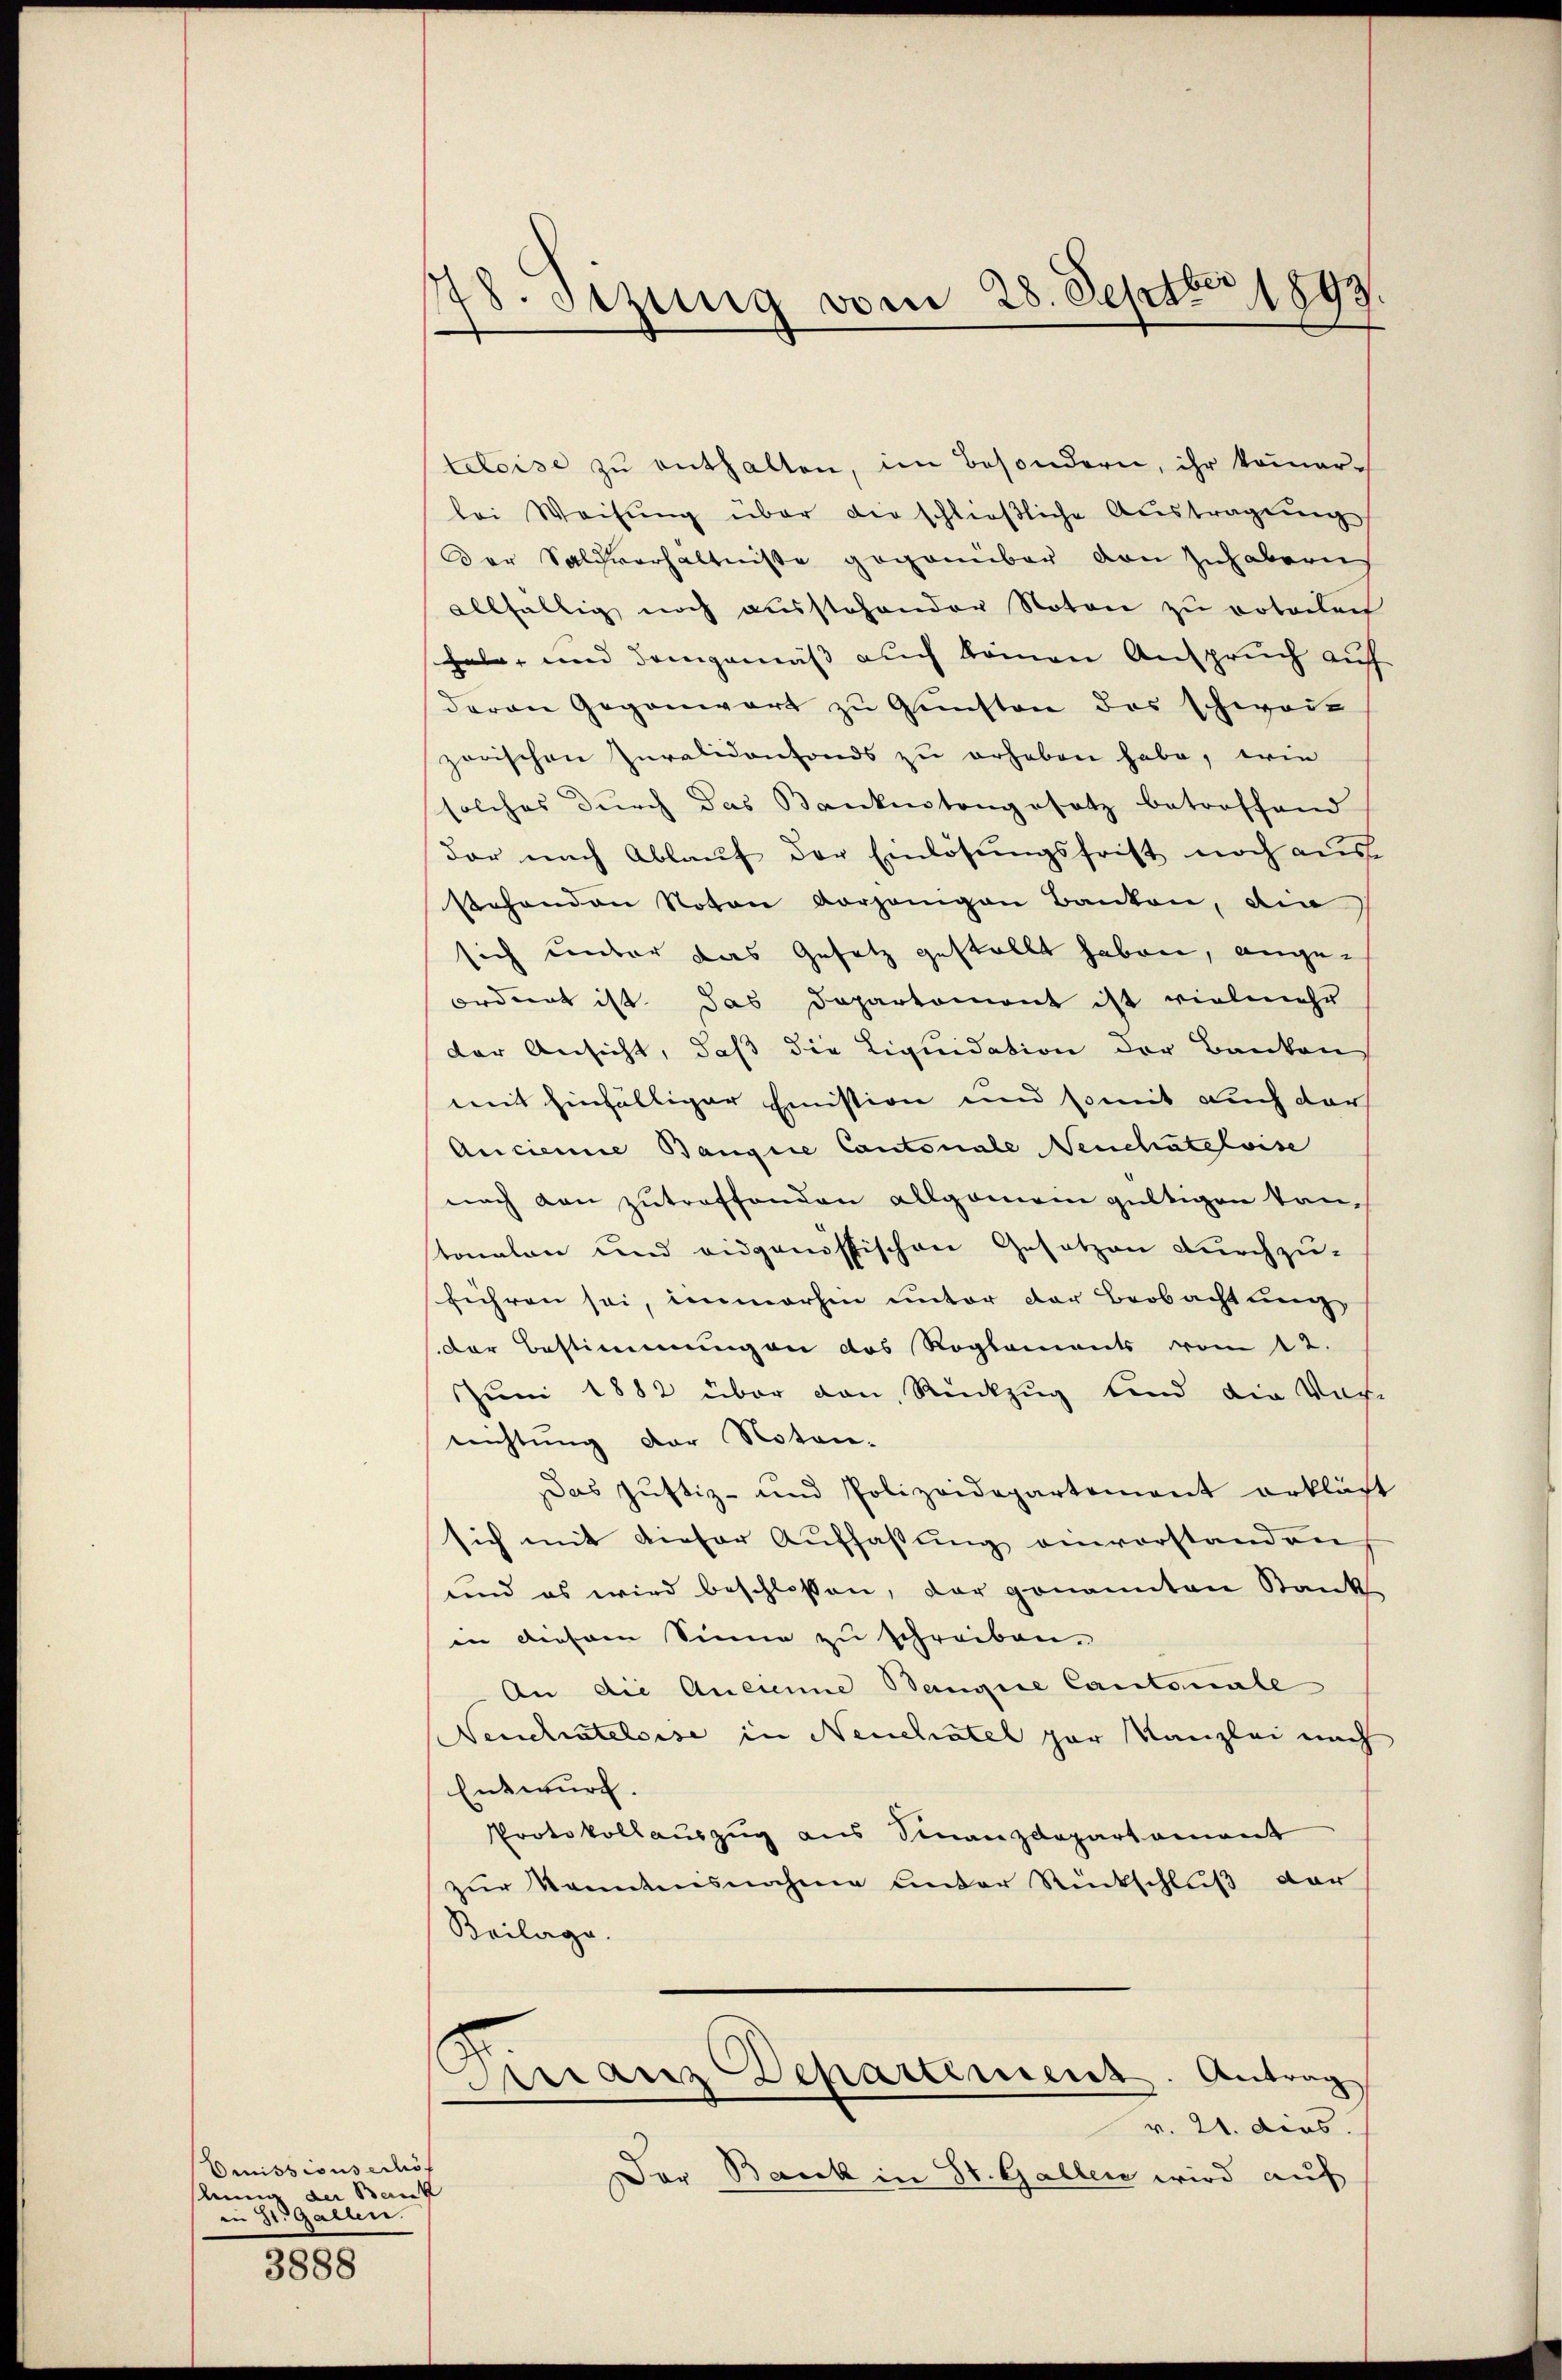
Emissionserhöf
Am der Bank
in St. Gallen.

3888

178. Sizung vom 28. Septbr 1893.

teleise zu enthalten, im Besondern, ihr kommerlei Weisung über der schließliche Austragung
Der Salchverhältnisse gegenüber den Zuhaberns
allfällig noch ausstehender Noton zu votollen
habe, und demgemäß auch keinen Anspruch auf
deren Gegenwart zu Gunsten des schweiz
zerischen Iuralidonfonds zu erheben habe, wie
solches dŭrch das Bankentangesetz betroffend
der nach Ablauf der Einlösungsfrist noch aus
stehenden Noton vorjenigen Banken, die
sich unter das Gesatz gestellt haben, ange-
ordnet ist. Das Departement ist vielmehr
der Ansicht, daß die Liquidation der Banken
mit hinfälliger Emistion und somit auch dar
Ancienne Bangiie Cantonale Venchateloise
nach den zutreffenden allgemein gültigen Tantonalen und eidgenössischen Gesetzen durchzu-
führen sei, immerhin unter der Beobachtung
der Bestimmung an das Reglements vom 12.
Juni 1882 über von Rückzug sind die Vor-
rrichtung der Noten-
Das Justiz- und Polizeidepartement erklärt
sich mit dieser Auffassung einvorstandung
und es wird beschlossen, der genannten Stank
in diesem Sinne zu schreiben.
An die Ancienne Bangie Cantonall
Neuchateloise in Neuchatel par Kanzlei nach
Entwurf.
Protokollauszug aus Finanzdepartament
zur Kenntnisnahme unter Rückschluß dar
Beilage.
Granz Departement. Antrag
v. 21. dies
Der Bank in St. Gallen wird auf